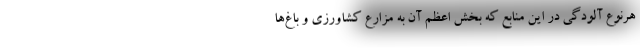
هرنوع آلودگی در این منابع که بخش اعظم آن به مزارع کشاورزی و باغ‌ها